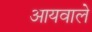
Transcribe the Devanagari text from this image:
आयवाले